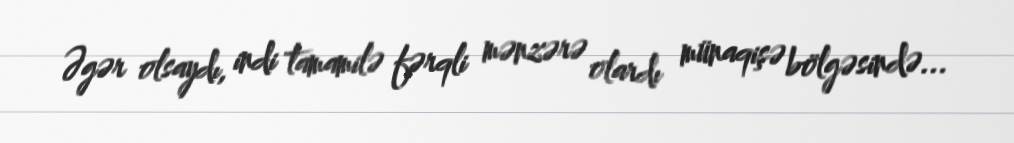
Əgər olsaydı, indi tamamilə fərqli mənzərə olardı münaqişə bölgəsində...